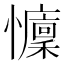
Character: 𢤭